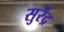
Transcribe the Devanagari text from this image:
सुर्रेंद्र